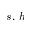
s , \, h